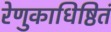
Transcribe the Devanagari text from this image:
रेणुकाधिष्ठितं